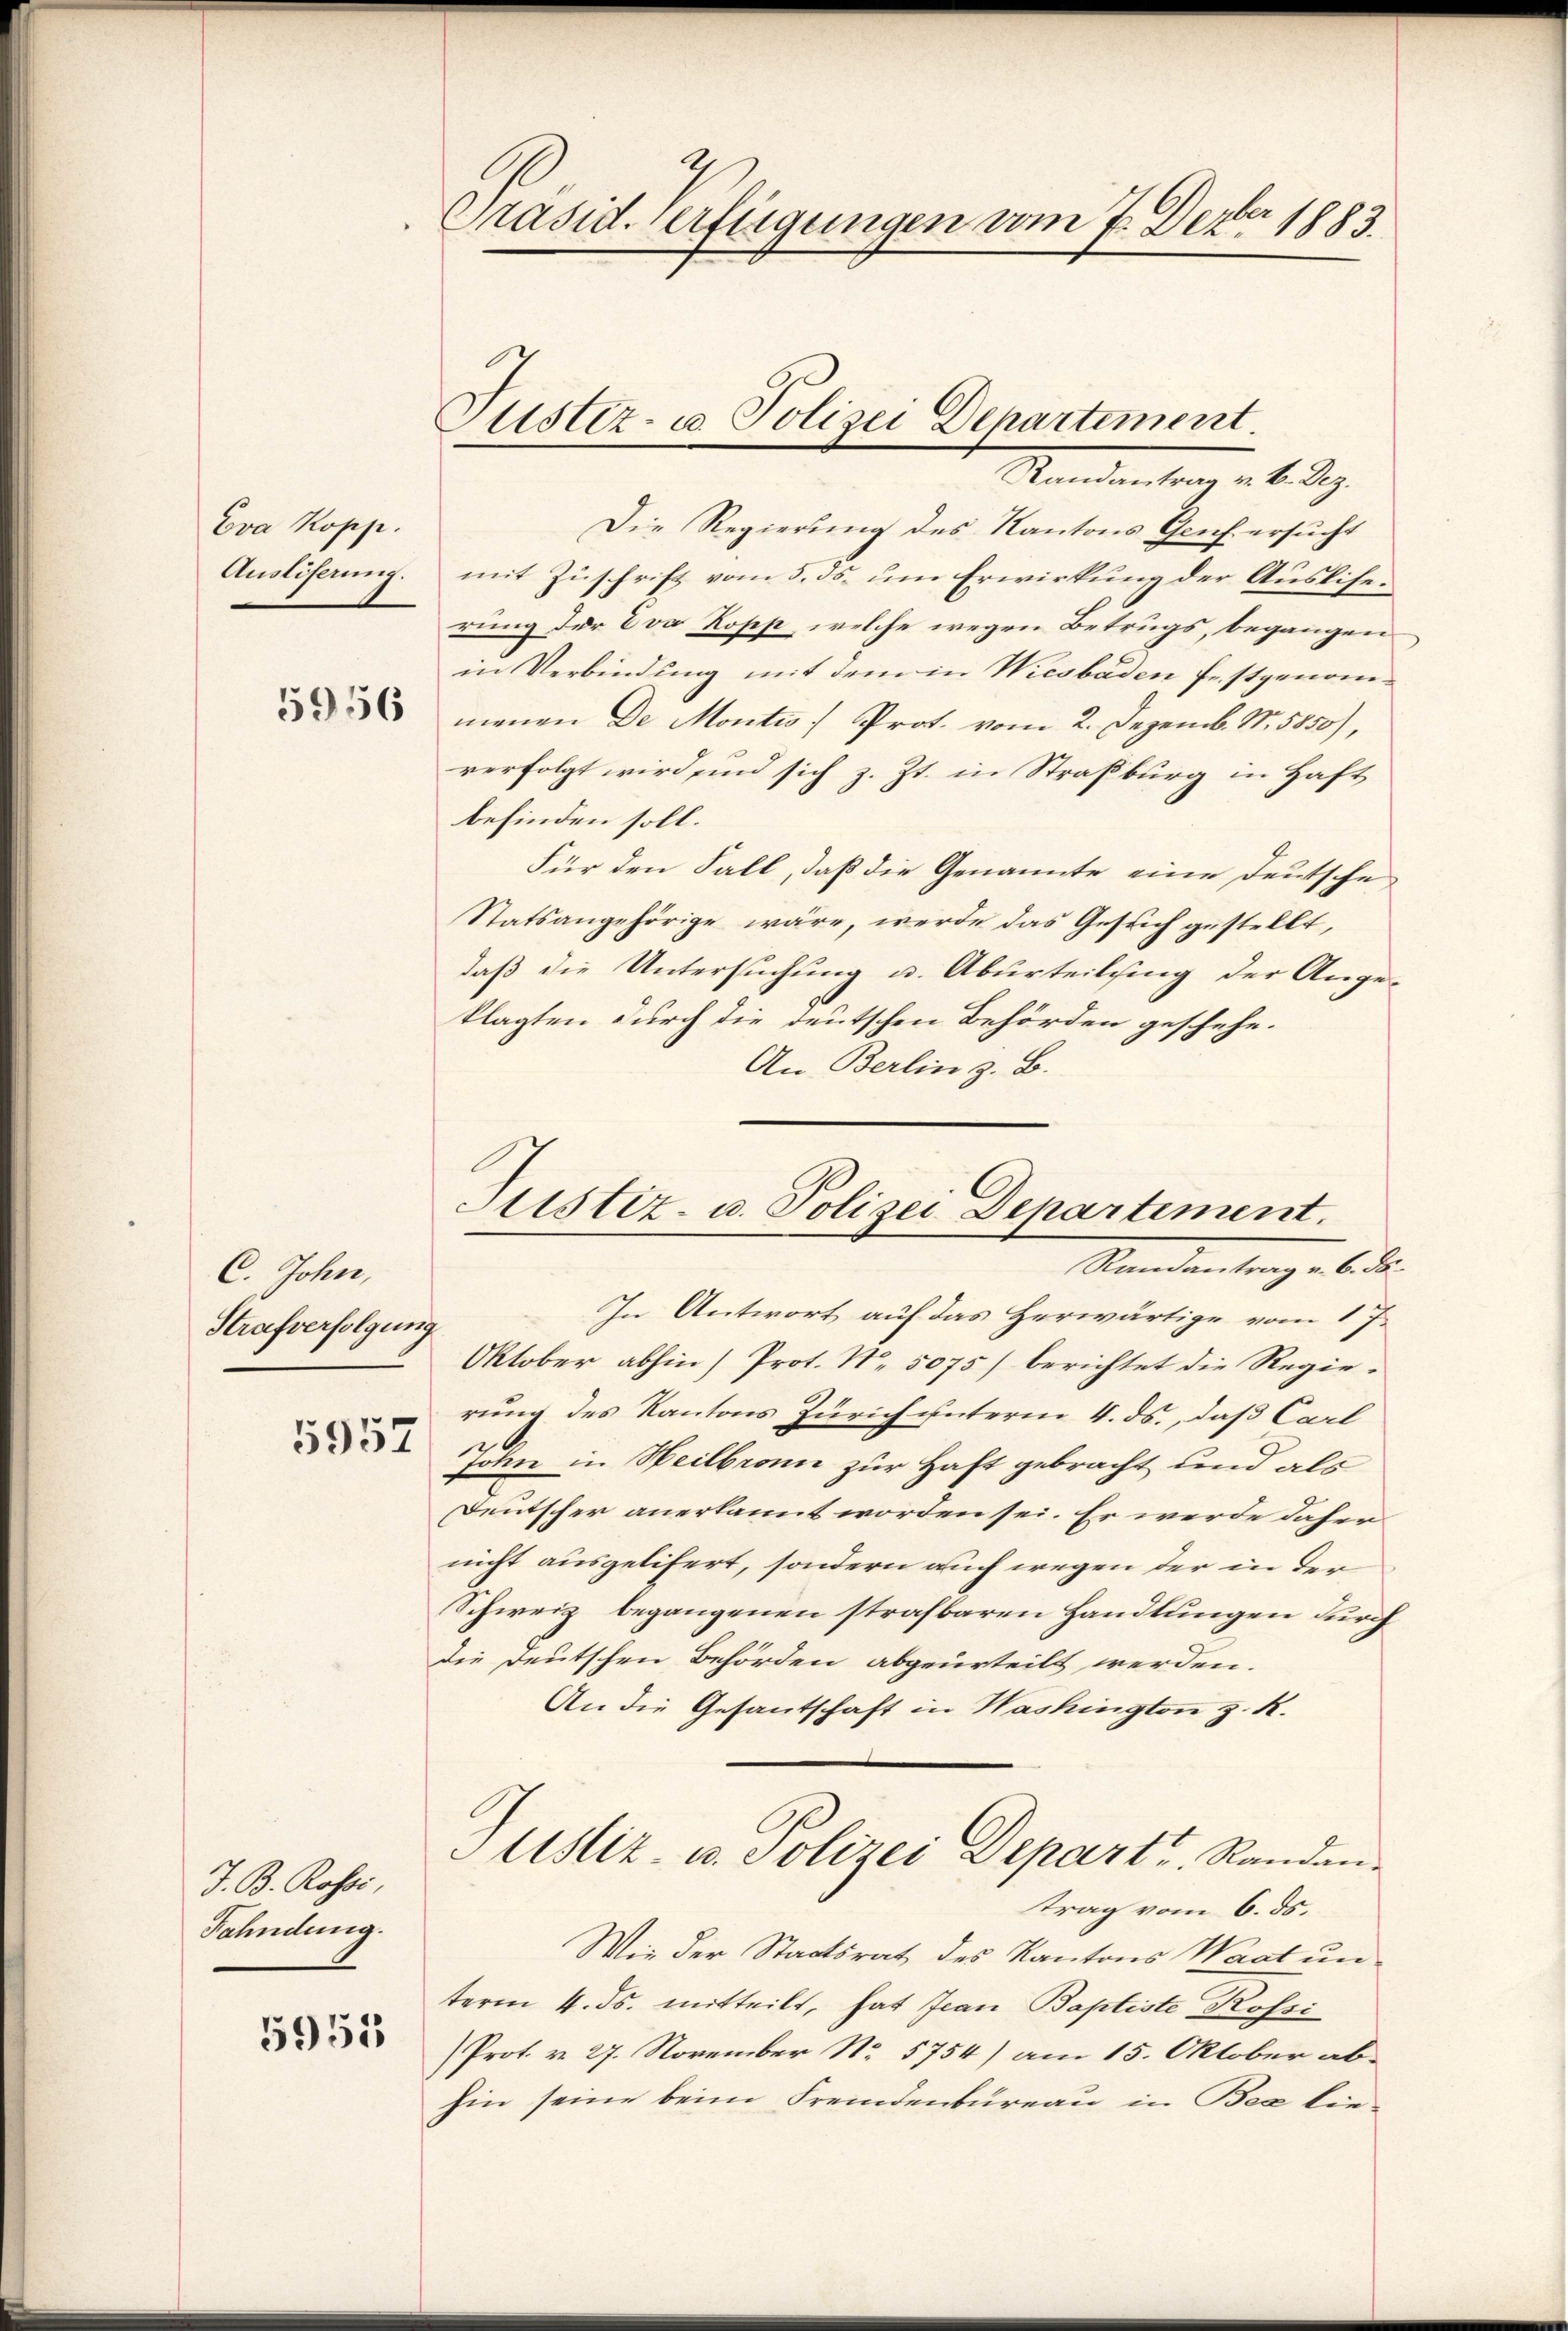
Eva Kopp.
Ausliserung.

5956

C. John,
Strafverfolgung

J. B. Rossi,
Fahndung.

5955

Präsid-Verfügungen vom 7. Dezbr 1883

Puster- u. Polizei Departement.
Randantrag . . .

Die Regierung des Kantons Genf ersucht
mit Zuschrift vom 5. ds. um Erwirkung der Ausliserung der Eva Kopp, welche wegen Betrugs, begangen
in Verbindung mit dem in Wiesbaden festgenommenen De Montes Prot. vom 2. Dezemb. N. 5850),
verfolgt wird, und sich z. Zt. in Straßburg in Haft
befinden soll.
Für den Fall, daß die Genannte eine Deutsche
Statsangehörige wäre, werde das Gesuch gestellt,
daß die Untersuchung u. Aburteilsing der Ange-
klagten durch die deutschen Behörden geschehe.
An Berlin z. B.

Sistiz- u. Polizei Departement.
Randantrag v. 6. ds.

In Antwort auf das Herwärtige vom 17.
Oktober abhin) Prot. N. 5075) berichtet die Regierung des Kantons Zürich unterm 4. ds., daß Carl
 John in Weilbronn zur Haft gebracht und als
Deutscher anerkannt worden sei. Er werde daher
nicht ausgelifert, sondern auch wegen der in der
Schweiz begangenen strafbaren Handlungen durch
Die Deutschen Behörden abgeurteilt werden.
An die Gesantschaft in Washington z. R.
Justiz- u. Polizei Depart, Randantrag vom 6. ds.
Wie der Staatsrat des Kantons Waat un
term 4. ds. mitteilt, hat Jean Baptiste Kossi
Prot. v. 27. November No. 5754) am 15. Oktober ab-
hin seine beim Fremdenbureau in Bea lie-